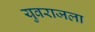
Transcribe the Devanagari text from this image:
युवराजला